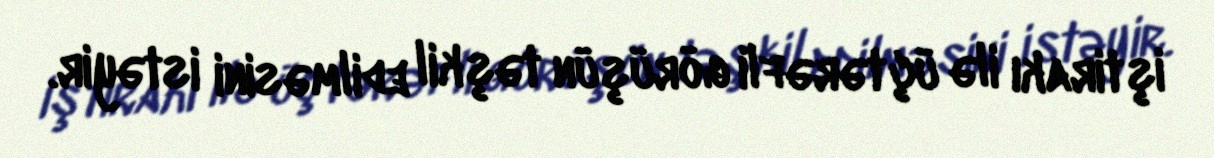
iştirakı ilə üçtərəfli görüşün təşkil edilməsini istəyir.